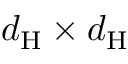
d _ { \mathrm { H } } \times d _ { \mathrm { H } }